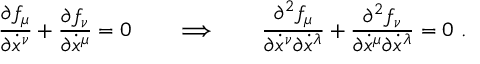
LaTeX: \frac { \partial f _ { \mu } } { \partial \dot { x } ^ { \nu } } + \frac { \partial f _ { \nu } } { \partial \dot { x } ^ { \mu } } = 0 \qquad \Longrightarrow \qquad \frac { \partial ^ { 2 } f _ { \mu } } { \partial \dot { x } ^ { \nu } \partial \dot { x } ^ { \lambda } } + \frac { \partial ^ { 2 } f _ { \nu } } { \partial \dot { x } ^ { \mu } \partial \dot { x } ^ { \lambda } } = 0 \ .